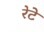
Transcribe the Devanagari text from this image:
रेटे